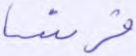
فرنسا